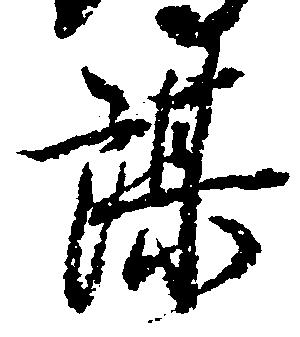
謀